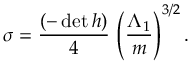
\sigma = \frac { ( - \operatorname * { d e t } h ) } { 4 } \, \left( \frac { \Lambda _ { 1 } } { m } \right) ^ { 3 / 2 } .